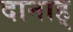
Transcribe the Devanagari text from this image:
दानाह्